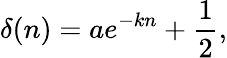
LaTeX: \delta(n)=ae^{-kn}+\frac{1}{2},